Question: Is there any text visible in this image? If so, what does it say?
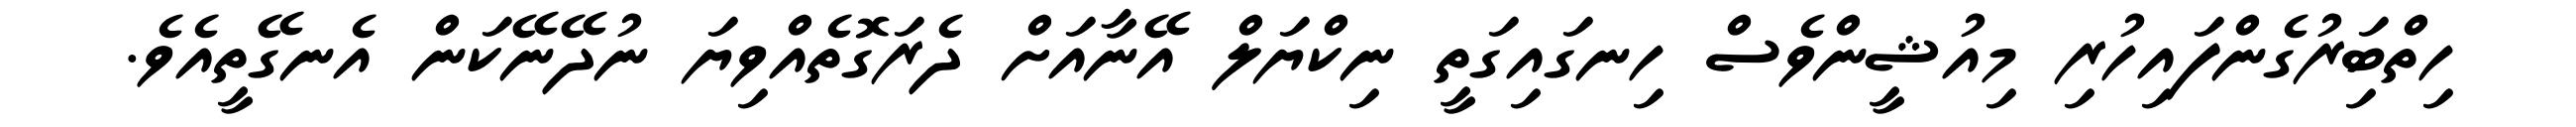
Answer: ހިތްބަިރުގެންފައިހުރި މިއުޝީންވެސް ހިނގައިގަތީ ނިކްޔަލް އޭނާއަށް ދެރަގޮތެއްވިޔަ ނުދޭނޭކަން އެނގޭތީއެވެ.